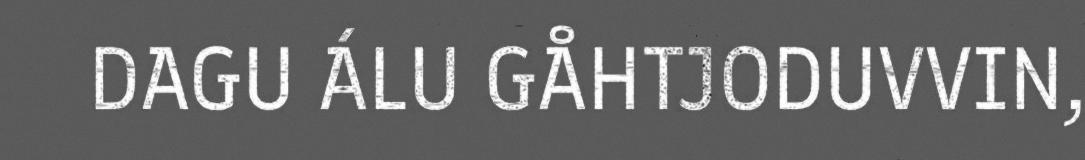
DAGU ÁLU GÅHTJODUVVIN,